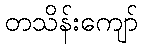
တသိန်းကျော်